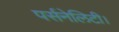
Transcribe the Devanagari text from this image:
पर्सनेलिटी।